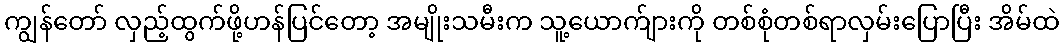
ကျွန်တော် လှည့်ထွက်ဖို့ဟန်ပြင်တော့ အမျိုးသမီးက သူ့ယောက်ျားကို တစ်စုံတစ်ရာလှမ်းပြောပြီး အိမ်ထဲ